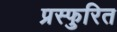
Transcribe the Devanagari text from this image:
प्रस्फुरित